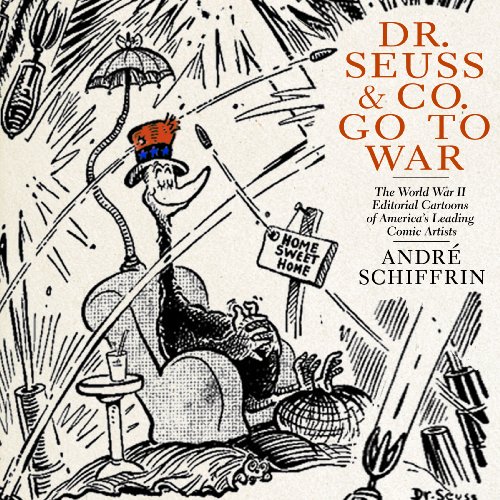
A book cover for Dr. Seuss & Co. Go to War: The World War II Editorial Cartoons of AmericaEEs Leading Comic Artists; AndrÃ© Schiffrin; Humor & Entertainment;